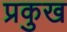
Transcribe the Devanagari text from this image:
प्रकुख